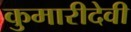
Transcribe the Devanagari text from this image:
कुमारीदेवी